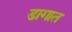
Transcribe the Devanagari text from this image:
डागात